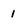
Character: 1